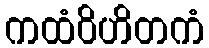
ကထံဝိဟိတကံ